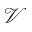
\mathcal { V }